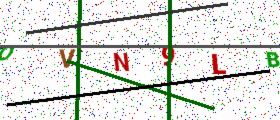
Text: OVN9LB